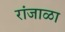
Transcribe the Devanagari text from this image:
रांजाळा